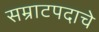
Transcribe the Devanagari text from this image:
सम्राटपदाचे